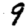
Digit: 9